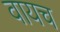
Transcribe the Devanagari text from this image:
वायच